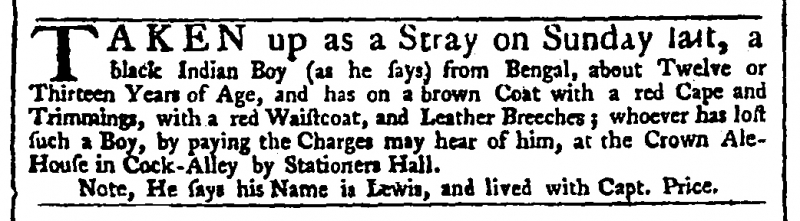
Daily Advertiser, 20 December 1743 (England)
TAKEN up as a Stray on Sunday last, a black Indian Boy (as he says) from Bengal, about Twelve or Thirteen Years of Age, and has on a brown Coat with a red Cape and Trimmings, with a red Waistcoat, and Leather Breeches; whoever has lost such a Boy, by paying the Charges may hear of him, at the Crown Ale-House in Cock-Alley by Stationers Hall.  Note, He says his Name is Lewis, and lived with Capt. Price.